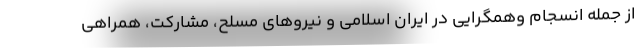
از جمله انسجام وهمگرایی در ایران اسلامی و نیروهای مسلح، مشارکت، همراهی